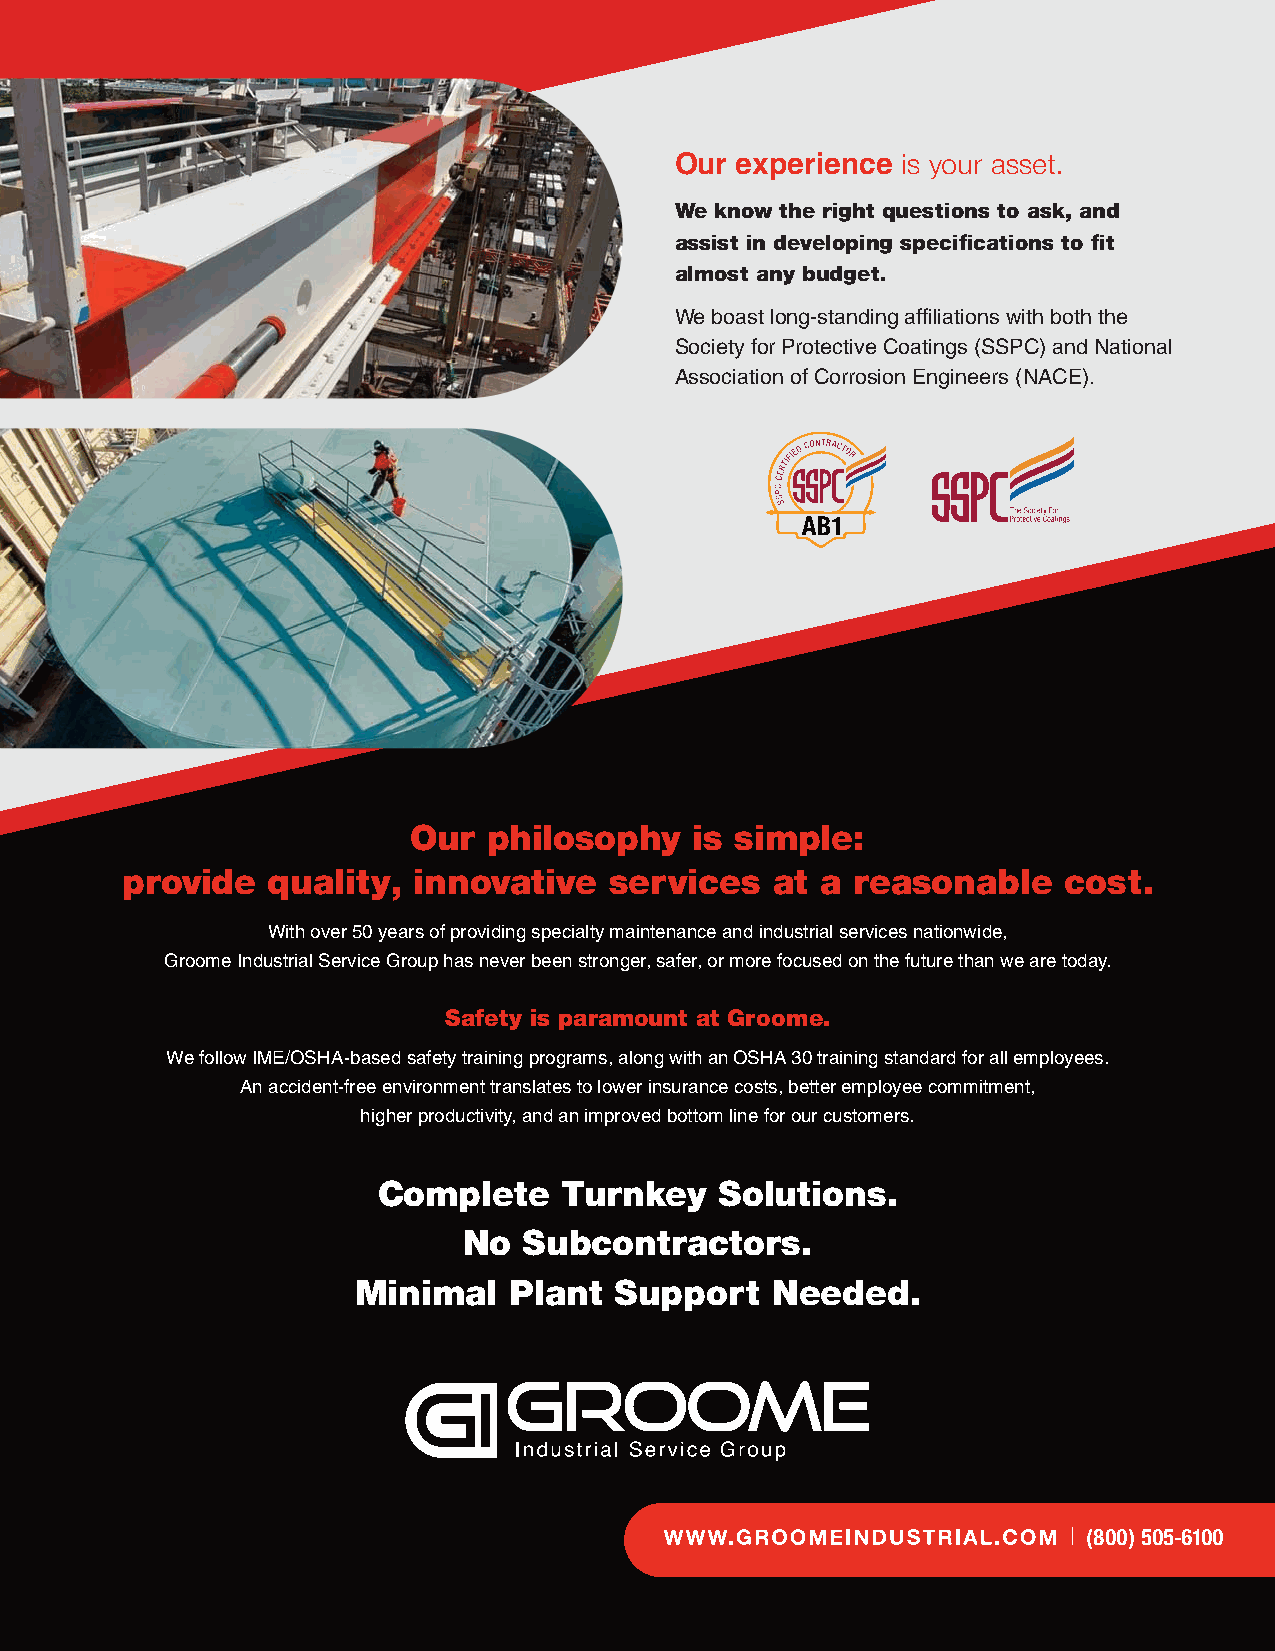
is your asset.
 Our experience
 We know the right questions to ask, and
 assist in developing specifications to fit
 almost any budget.
 We boast long-standing affiliations with both the
 Society fo r Protective Coatings (SSPC) and National
 Association of Corrosion Engineers (NACE).
 Our  philosophy    is simple:
 provide   quality, innovative   services   at a reasonable    cost.
 With over 50 years of providing specialty maintenance and industrial services nationwide,
 Groome Industrial Service Group has never been stronger, safer, or more focused on the future than we are today.
 Safety is paramount at Groome.
 We follow IME/OSHA-based safety training programs, along with an OSHA 30 training standard for all employees.
 An accident-free environment translates to lower insurance costs, better employee commitment,
 higher productivity, and an improved bottom line for our customers.
 Complete    Turnkey    Solutions.
 No  Subcontractors.
 Minimal   Plant  Support   Needed.
 | (800) 505-6100